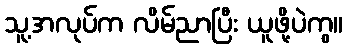
သူ့အလုပ်က လိမ်ညာပြီး ယူဖို့ပဲကွ။